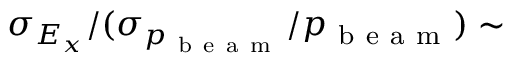
\sigma _ { E _ { x } } / ( \sigma _ { p _ { \mathrm { ~ b ~ e ~ a ~ m ~ } } } / p _ { \mathrm { ~ b ~ e ~ a ~ m ~ } } ) \sim